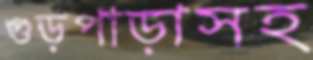
গুড়পাড়াসহ